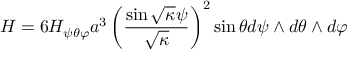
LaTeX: H = 6 H _ { \psi \theta \varphi } a ^ { 3 } \left( \frac { \sin \sqrt { \kappa } \psi } { \sqrt { \kappa } } \right) ^ { 2 } \sin \theta d \psi \wedge d \theta \wedge d \varphi